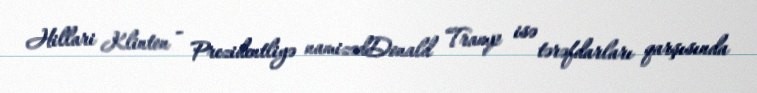
Hillari Klinton - Prezidentliyə namizədDonald Tramp isə tərəfdarları qarşısında